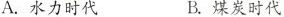
A.水力时代 B.煤炭时代